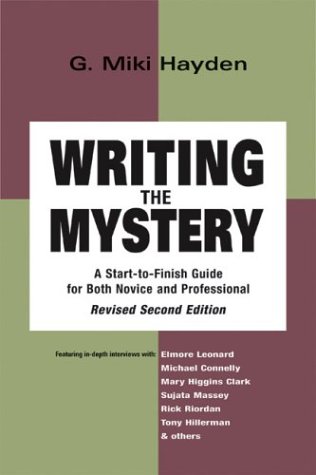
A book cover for Writing the Mystery: Second Edition; G. Miki Hayden; Mystery, Thriller & Suspense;